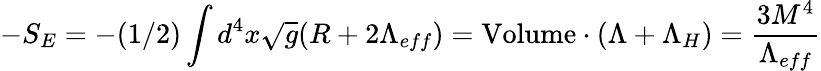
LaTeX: -S_{E}=-(1/2)\int d^{4}x\sqrt{g}(R+2\Lambda_{eff})=\mathrm{Volume}\cdot(\Lambda+\Lambda_{H})=\frac{3M^{4}}{\Lambda_{eff}}